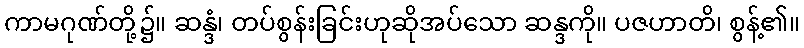
ကာမဂုဏ်တို့၌။ ဆန္ဒံ၊ တပ်စွန်းခြင်းဟုဆိုအပ်သော ဆန္ဒကို။ ပဇဟာတိ၊ စွန့်၏။